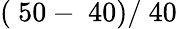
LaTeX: (\ 50-\ 40)/\ 40